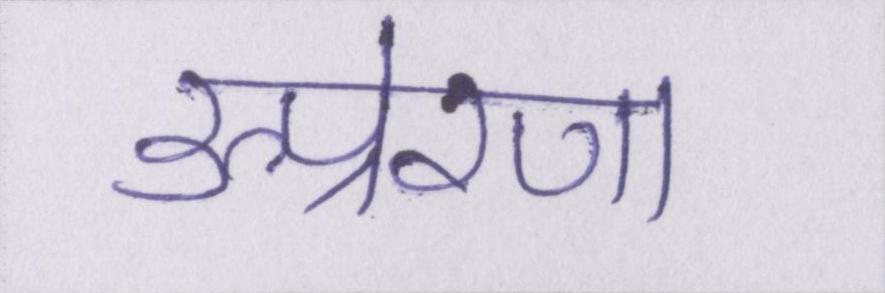
उत्प्रेरणा